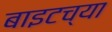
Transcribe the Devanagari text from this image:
बाइटच्या